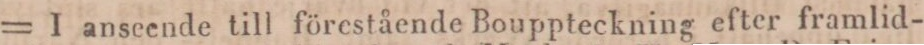
= I anseende till förestående Bouppteckning efter framlid-